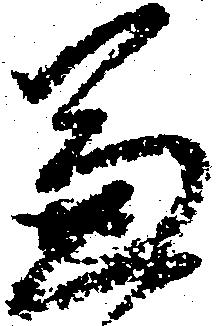
兼